Leningradi_Edasi_toimetus, lk 23
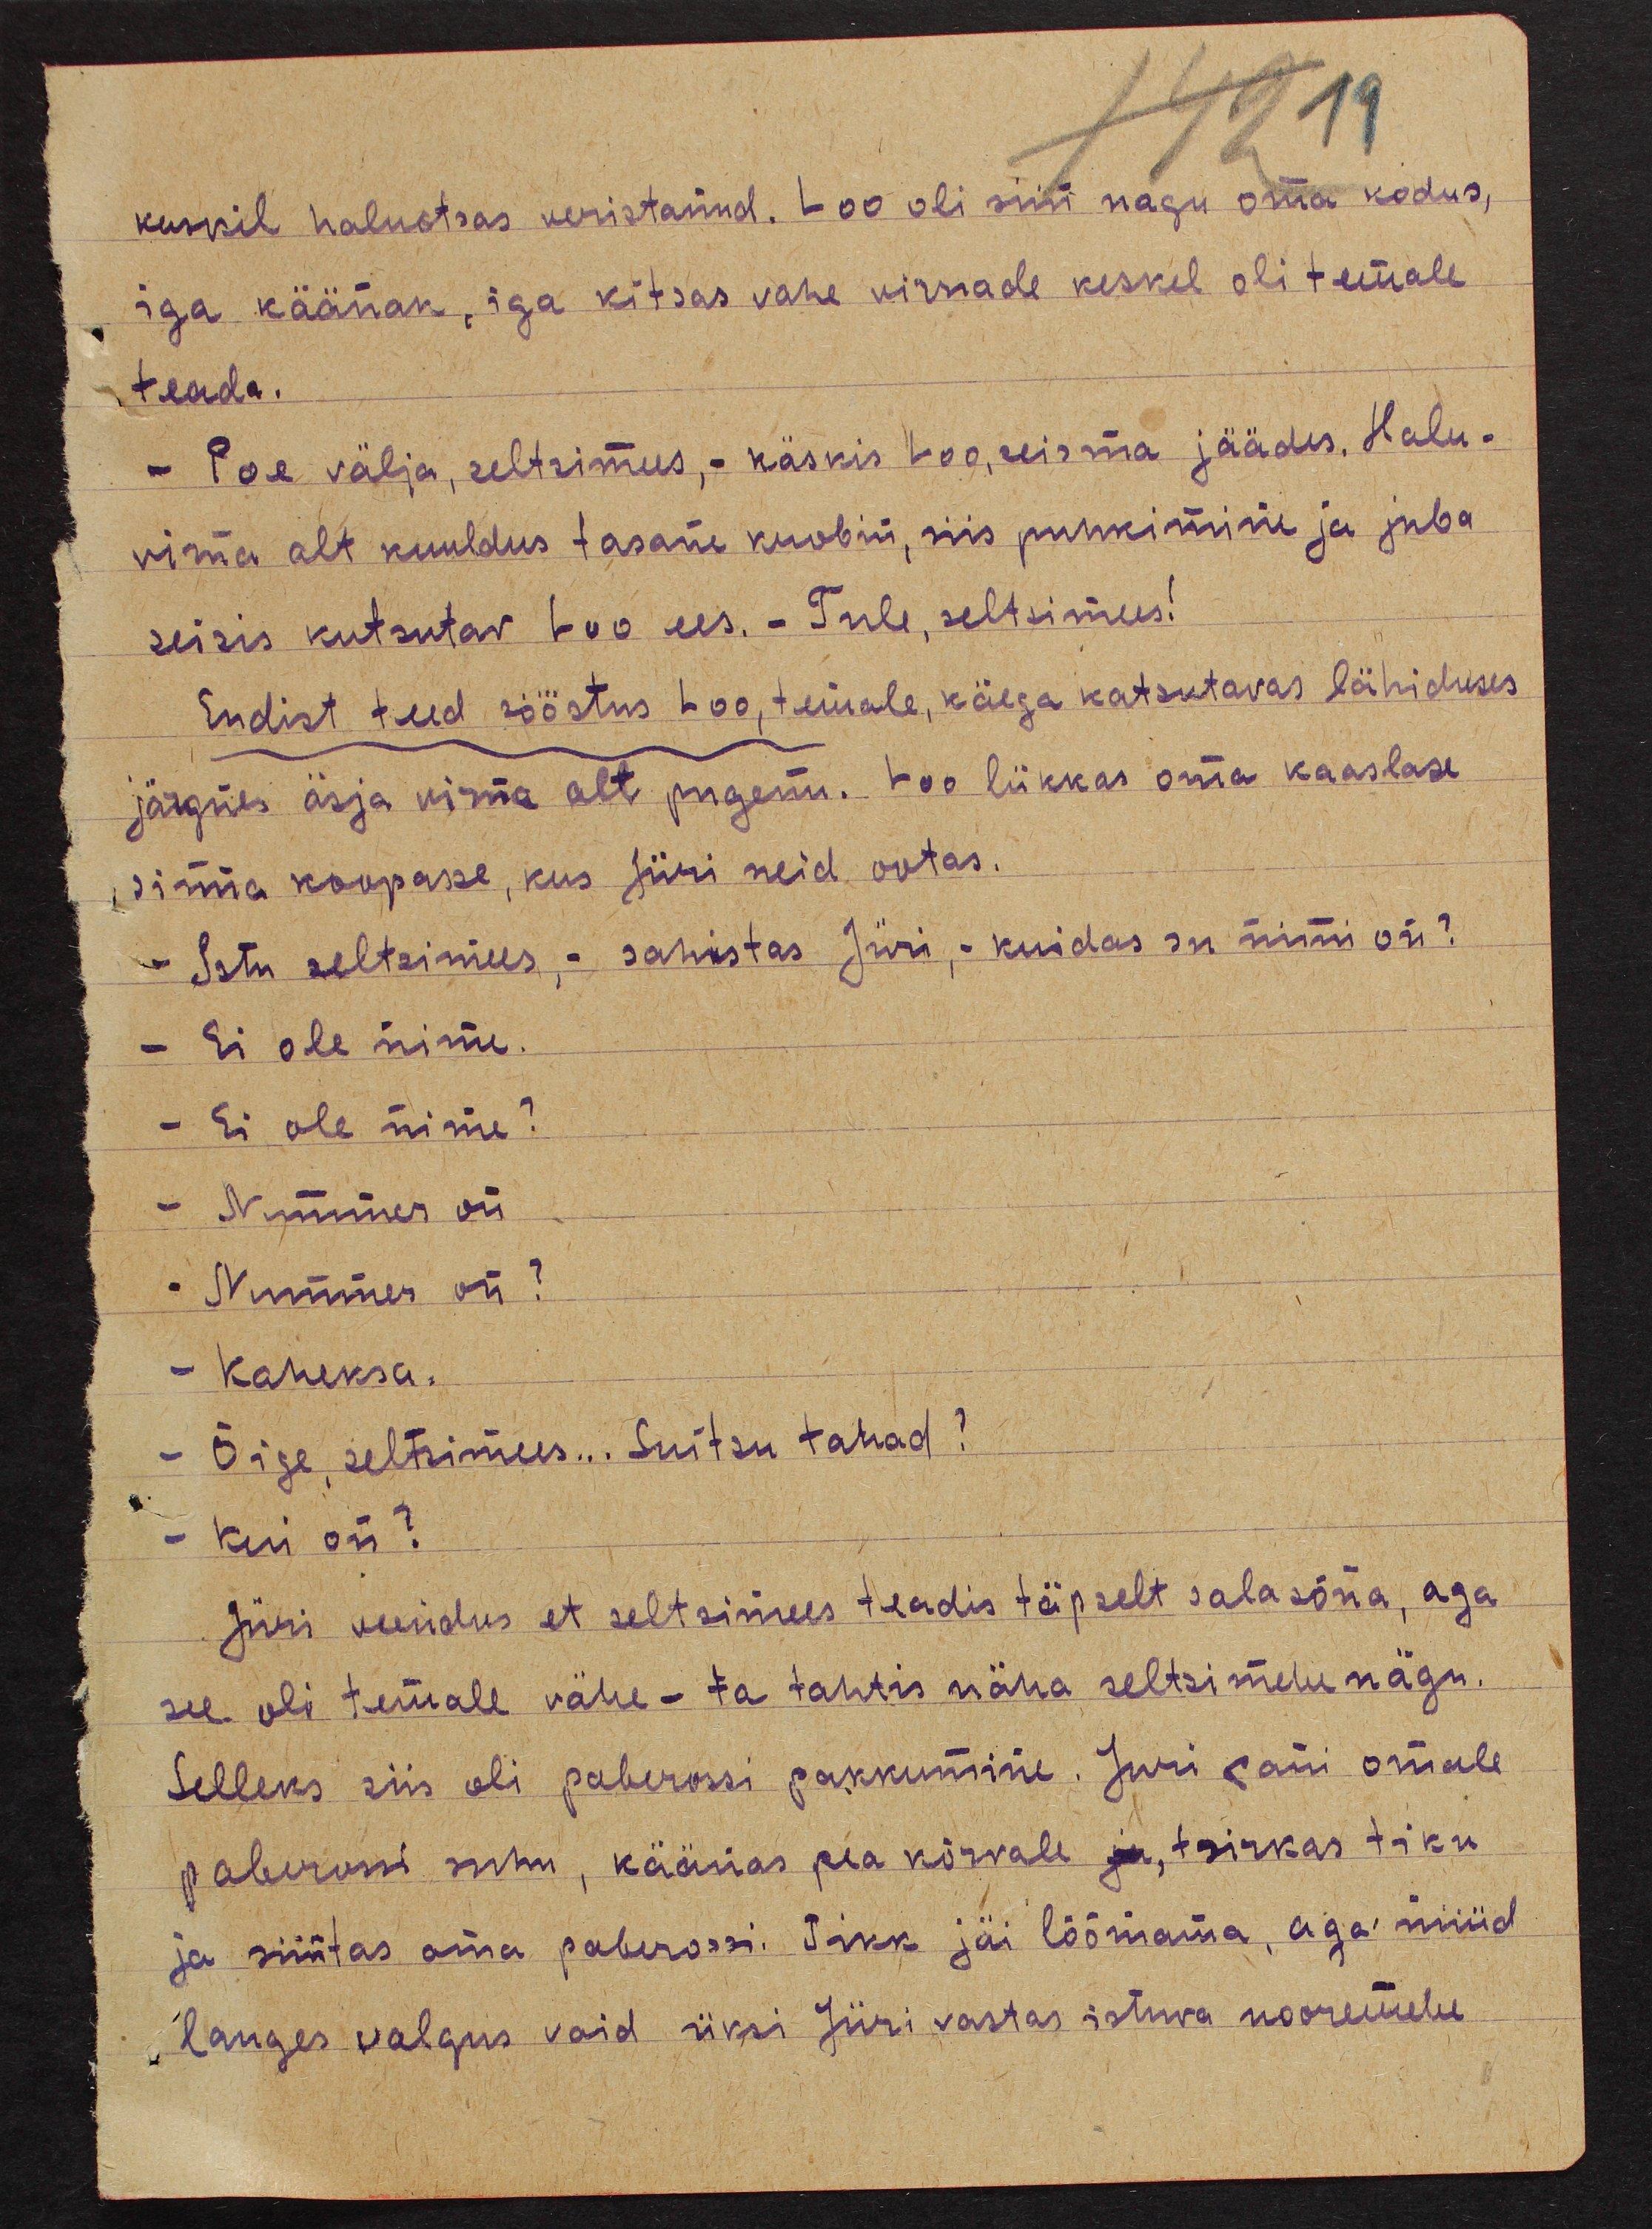
kuskil haluotsas veristanud. Loo oli siin nagu oma kodus,
iga käänak, iga kitsas vahe virnade keskel oli temale
teada.
- Poe välja, seltsimees, - käskis Loo, seisma jäädes. Halu-
virna alt kuuldus tasane krabin, siis puhkimine ja juba
seisis kutsutav Loo ees. - Tule, seltsimees!
Endist teed sööstus Loo, temale, käega katsutavas lähiduses
järgnes äsja virna alt pugenu. Loo lükkas oma kaaslase
sinna koopasse, kus Jüri neid ootas.
- Istu seltsimees, - sahistas Jüri, kuidas su nimi on?
- Ei ole nime.
- Ei ole nime?
- Nummer on.
- Nummer on?
- Kaheksa.
- Õige seltsimees... Suitsu tahad?
- Kui on?
Jüri veendus et seltsimees teadis täpselt salasõna, aga
see oli temale vähe - ta tahtis näha seltsimehe nägu.
Selleks siis oli paberossi pakkumine. Jüri pani omale
paberossi suhu, käänas pea kõrvale ja, tsirkas tiku
ja süütas oma paberossi. Tikk jäi lõõmama, aga nüüd
langes valgus vaid üksi Jüri vastas istuva nooremehe